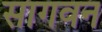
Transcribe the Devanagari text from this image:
सागवन